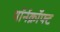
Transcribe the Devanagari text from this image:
थॉर्नक्रॉफ्ट